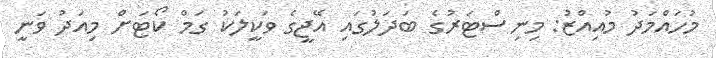
މުހައްމަދު މުއިއްޒު: މިނިސްޓަރުގެ ބަދަލުގައި އޭޖީގެ ވަކީލަކު ގަމް ކޯޓަށް މިއަދު ވަނީ